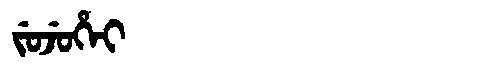
Manchu: ᠵᡠᠵᡠᡥᡝᡳ
Romanization: JUJUHEI